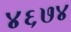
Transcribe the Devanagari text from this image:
४६७४